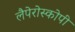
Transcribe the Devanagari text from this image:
लैपेरोस्कोपी